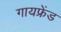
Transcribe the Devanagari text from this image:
गायफ्रेंड